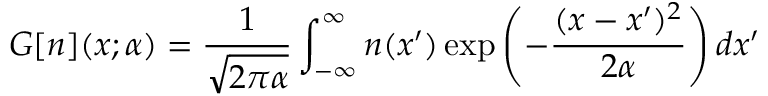
G [ n ] ( x ; \alpha ) = \frac { 1 } { \sqrt { 2 \pi \alpha } } \int _ { - \infty } ^ { \infty } n ( x ^ { \prime } ) \exp \left( - \frac { ( x - x ^ { \prime } ) ^ { 2 } } { 2 \alpha } \right) d x ^ { \prime }